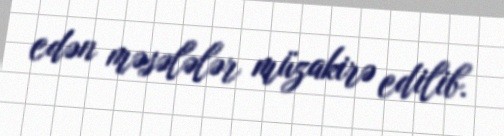
edən məsələlər müzakirə edilib.